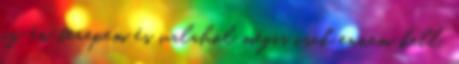
az én terepem és valahol mégis csak ennem kell.